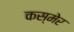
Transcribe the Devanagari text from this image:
कस्मेर